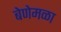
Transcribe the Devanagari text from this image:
बेणेमळा